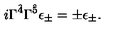
i \Gamma ^ { \hat { 4 } } \Gamma ^ { \hat { 5 } } \epsilon _ { \pm } = \pm \epsilon _ { \pm } .